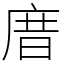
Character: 庴